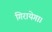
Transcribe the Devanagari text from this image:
गिरायेगा।